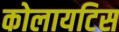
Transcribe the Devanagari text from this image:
कोलायटिस